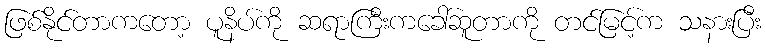
ဖြစ်နိုင်တာကတော့ ပူနိပ်ကို ဆရာကြီးကခေါ်ဆူတာကို တင်မြင့်က သနားပြီး